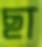
ছা